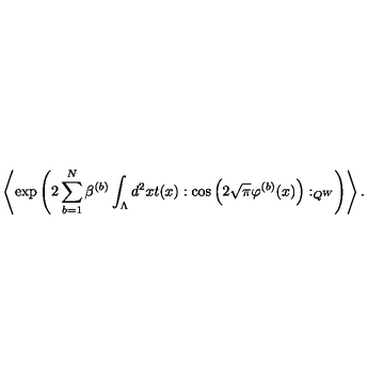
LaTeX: \left\langle \exp \left( 2 \sum _ { b = 1 } ^ { N } \beta ^ { ( b ) } \int _ { \Lambda } d ^ { 2 } x t ( x ) : \cos \left( 2 \sqrt { \pi } \varphi ^ { ( b ) } ( x ) \right) : _ { Q ^ { W } } \right) \right\rangle .